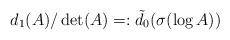
LaTeX: \begin{align*}d_1(A)/\det(A)=:\tilde{d}_0(\sigma(\log A))\end{align*}